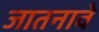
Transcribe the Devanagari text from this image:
जातनावे